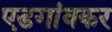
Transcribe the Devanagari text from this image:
एडगांवकर